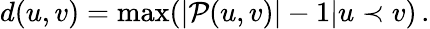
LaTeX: d(u,v)=\operatorname*{max}(|\mathcal{P}(u,v)|-1|u\prec v)\, .